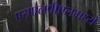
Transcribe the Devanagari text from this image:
एसएलपीएलमध्ये